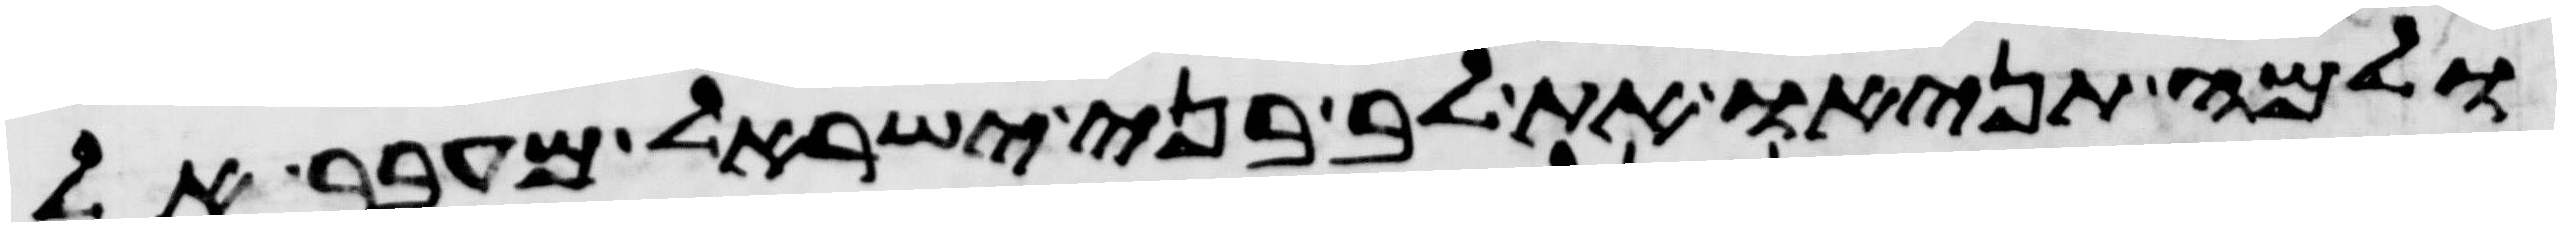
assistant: ולמה תניאו את לב בני ישראל מעבר אל